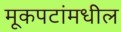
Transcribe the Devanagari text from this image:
मूकपटांमधील